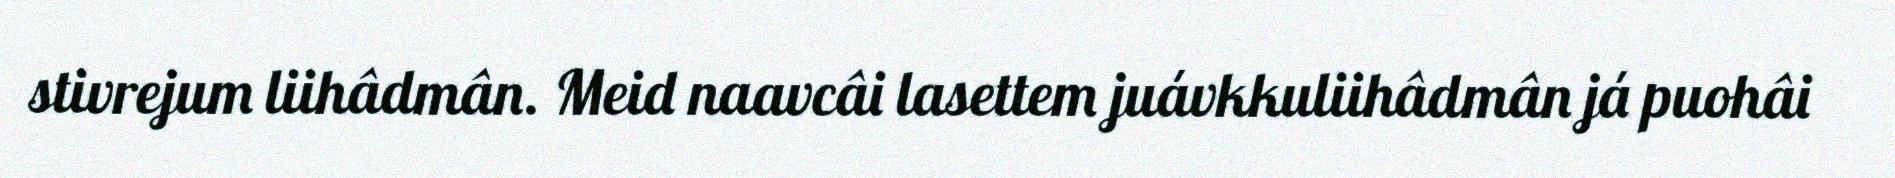
stivrejum liihâdmân. Meid naavcâi lasettem juávkkuliihâdmân já puohâi